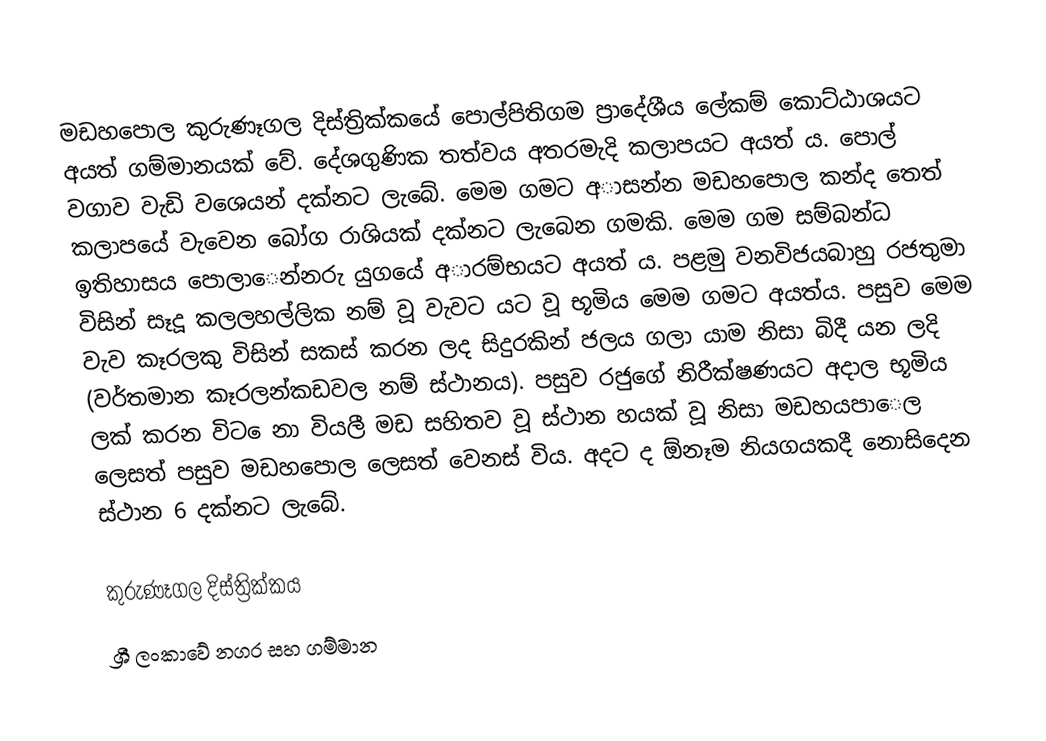
මඩහපොල කුරුණෑගල දිස්ත්‍රික්කයේ පොල්පිතිගම ප්‍රාදේශීය ලේකම් කොට්ඨාශයට අයත් ගම්මානයක් වේ. දේශගුණික තත්වය අතරමැදි කලාපයට අයත් ය. පොල් වගාව වැඩි වශෙයන් දක්නට ලැබේ. මෙම ගමට අාසන්න මඩහපොල කන්ද තෙත් කලාපයේ වැවෙන බෝග රාශියක් දක්නට ලැබෙන ගමකි. මෙම ගම සම්බන්ධ ඉතිහාසය පොලාෙන්නරු යුගයේ අාරම්භයට අයත් ය. පළමු වනවිජයබාහු රජතුමා විසින් සෑදූ කලලහල්ලික නම් වූ වැවට යට වූ භූමිය මෙම ගමට අයත්ය. පසුව මෙම වැව කෑරලකු විසින් සකස් කරන ලද සිදුරකින් ජලය ගලා යාම නිසා බිදී යන ලදි (වර්තමාන කෑරලන්කඩවල නම් ස්ථානය). පසුව රජුගේ නිරීක්ෂණයට අදාල භූමිය ලක් කරන විට ෙනා වියලී මඩ සහිතව වූ ස්ථාන හයක් වූ නිසා මඩහයපාෙල  ලෙසත් පසුව මඩහපොල ලෙසත් වෙනස් විය. අදට ද ඕනෑම නියගයකදී නොසිදෙන ස්ථාන 6 දක්නට ලැබේ.

කුරුණෑගල දිස්ත්‍රික්කය
ශ්‍රී ලංකාවේ නගර සහ ගම්මාන